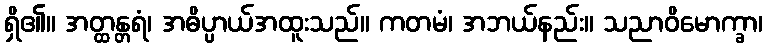
ရှိ၏။ အတ္ထန္တရံ၊ အဓိပ္ပာယ်အထူးသည်။ ကတမံ၊ အဘယ်နည်း။ သညာဝိမောက္ခာ၊